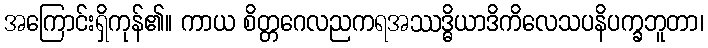
အကြောင်းရှိကုန်၏။ ကာယ စိတ္တဂေလညကရအဿဒ္ဓိယာဒိကိလေသပနိပက္ခဘူတာ၊